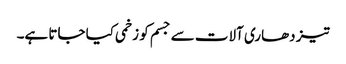
تیز دھاری آلات سے جسم کو زخمی کیا جاتا ہے۔